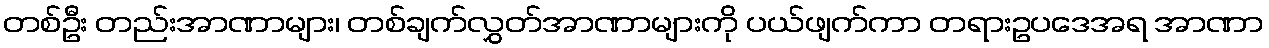
တစ်ဦး တည်းအာဏာများ၊ တစ်ချက်လွှတ်အာဏာများကို ပယ်ဖျက်ကာ တရားဥပဒေအရ အာဏာ